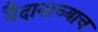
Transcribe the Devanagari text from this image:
मैदानाच्याच